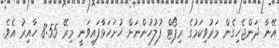
އޭނާ ދަންޖެހިގެން މަރުވިކަމުގެ ރިޕޯޓް ފުލުހުންނަށް ހުށަހަޅާފައިވަނީ މިރޭ 8:55 ހާއިރު އެވެ.